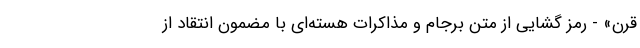
قرن» - رمز گشایی از متن برجام و مذاکرات هسته‌ای با مضمون انتقاد از